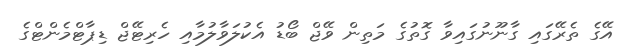
އޭގެ ތެރޭގައި ގާނޫނުގައިވާ ގޮތުގެ މަތިން ވޭޖް ބޯޑު އެކުލަވާލުމާއި ހެރިޓޭޖް ޑިޕާޓްމެންޓްގެ